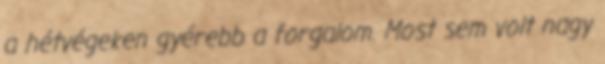
a hétvégeken gyérebb a forgalom. Most sem volt nagy